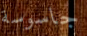
جاسوسة